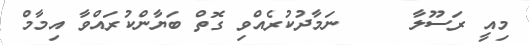
މިއީ ރަސޫލާ     ނަމާދުކުރެއްވި ގޮތް ބަޔާންކުރައްވާ އިމާމް